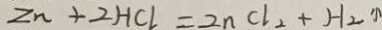
Z n + 2 H C l = 2 n C l _ { 2 } + H _ { 2 } \uparrow